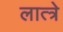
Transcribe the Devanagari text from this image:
लात्त्रे